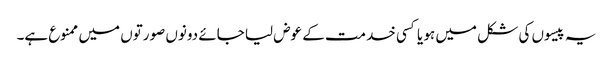
یہ پیسوں کی شکل میں ہو یا کسی خدمت کے عوض لیا جائے دونوں صورتوں میں ممنوع ہے۔